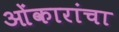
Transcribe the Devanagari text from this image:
ओंकारांचा